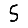
Digit: 5